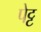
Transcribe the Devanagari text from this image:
पेट्ट